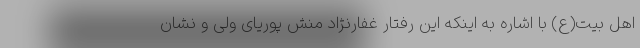
اهل بیت(ع) با اشاره به اینکه این رفتار غفارنژاد منش پوریای ولی و نشان